Leaving Certificate Examination, 1925
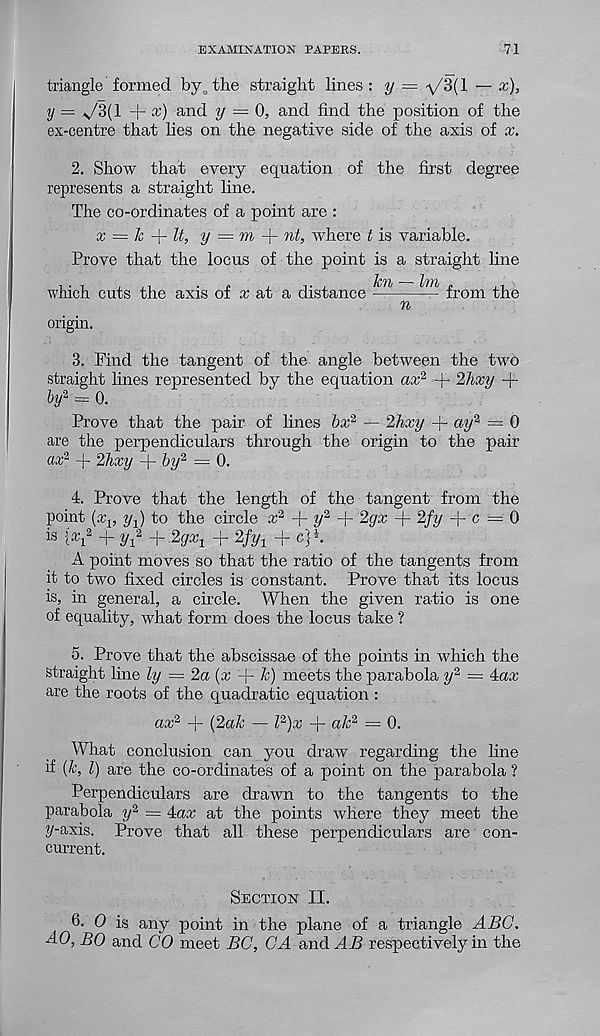
EXAMINATION PAPERS.
71
triangle formed by , the straight lines : y — \/3{l — x),
y = ^73(1 + x) and y = 0, and find the position of the
ex-centre that lies on the negative side of the axis of x.
2. Show that every equation of the first degree
represents a straight line.
The co-ordinates of a point are :
x = Jc
U, y = m
nt, where t is variable.
Prove that the locus of the point is a straight line
1/771;
which cuts the axis of a? at a distance
— from the
n
origin.
3. Find the tangent of the angle between the two
straight lines represented by the equation ax 2 + 2hxy +
by 2 = 0.
Prove that the pair of lines bx 2 — 2hxy + ay 2 = 0
are the perpendiculars through the origin to the pair
ax 2 -f 2hxy + by 2 — 0.
4. Prove that the length of the tangent from the
point (x v 2/j) to the circle x 2 + y 2
2gx + 2fy -)- c — 0
is {x 2 + y 2 + 2gx x + 2fy 1 -f cjh
A point moves so that the ratio of the tangents from
it to two fixed circles is constant. Prove that its locus
is, in general, a circle. When the given ratio is one
of equality, what form does the locus take ?
5. Prove that the abscissae of the points in which the
Straight line ly ~ 2a{x
k) meets the parabola y 2 = Aax
are the roots of the quadratic equation :
ax 2 -j- (2ak — l 2 )x + ah 2 = 0.
What conclusion can you draw regarding the line
if {k, l) are the co-ordinates of a point on the parabola ?
Perpendiculars are drawn to the tangents to the
parabola y 2 = 4ax at the points where they meet the
y-axis. Prove that all these perpendiculars are con-
current.
Section II.
6. 0 is any point in the plane of a triangle ABO.
AO, BO and CO meet BC, CA and AB respectively in the